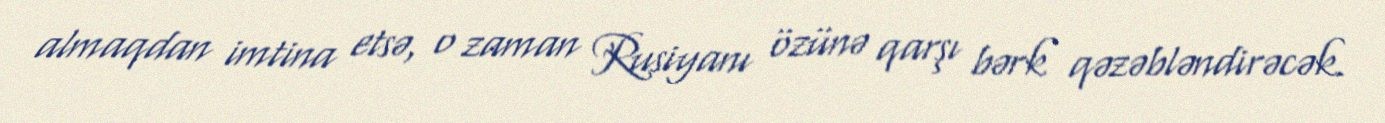
almaqdan imtina etsə, o zaman Rusiyanı özünə qarşı bərk qəzəbləndirəcək.